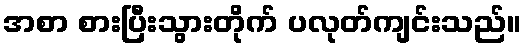
အစာ စားပြီးသွားတိုက် ပလုတ်ကျင်းသည်။